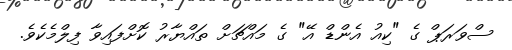
ސްވަރަޕް ގެ "ކިއު އެންޑް އޭ" ގެ މައްޗަށް ތައްޔާރު ކޮށްފައިވާ ފިލްމެކެވެ.